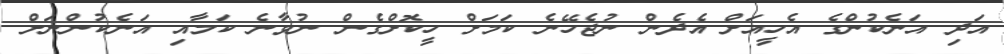
އަދި އަނެކުންގެ އެހީއަށް އެދެން ނުޖެހޭނެ ކަމަށް ހީކޮށްގެން ނުވާނެ ކަމާއި އަނެކުންނަށް